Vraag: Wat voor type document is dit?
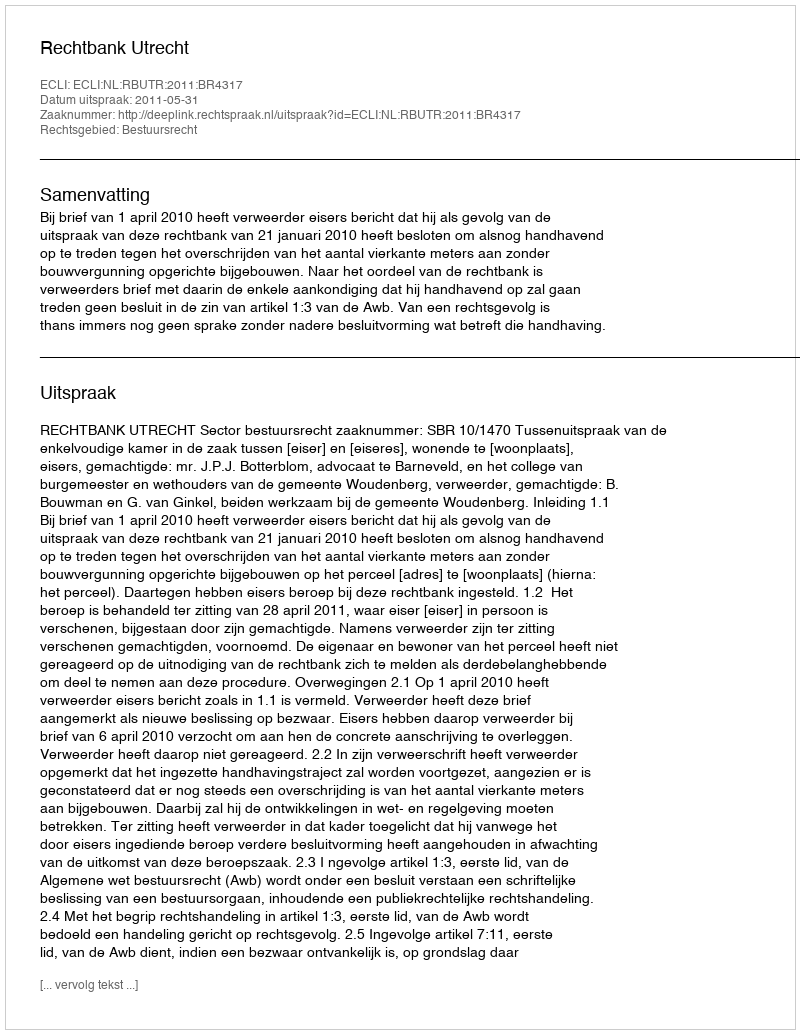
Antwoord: Uitspraak